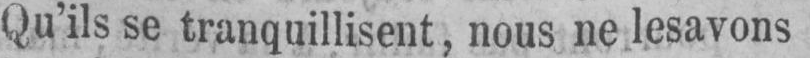
Qu’ils se tranquillisent, nous ne les avons